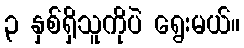
၃ နှစ်ရှိသူကိုပဲ ရွေးမယ်။